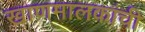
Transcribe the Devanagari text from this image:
खाणमालकांची